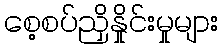
စေ့စပ်ညှိနှိုင်းမှုများ